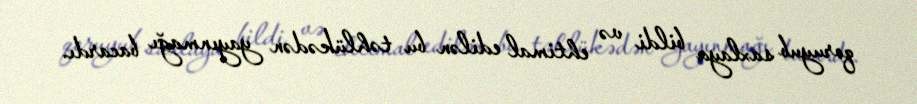
qoruyub saxlaya bildi və ehtimal edilən bu təhlükədən yayınmağı bacardı.